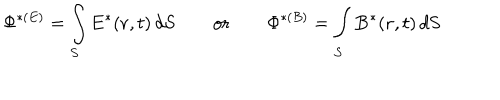
\Phi ^ { * ( E ) } = \int _ { S } { \bf E } ^ { * } ( { \bf r } , t ) \, d { \bf S } \qquad \mathrm { o r } \qquad \Phi ^ { * ( B ) } = \int _ { S } { \bf B } ^ { * } ( { \bf r } , t ) \, d { \bf S }